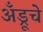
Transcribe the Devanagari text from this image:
अँड्रूचे